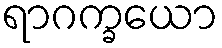
ရာဂက္ခယော